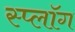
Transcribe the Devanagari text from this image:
स्प्लॉग